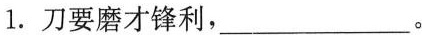
1.刀要磨才锋利，___。